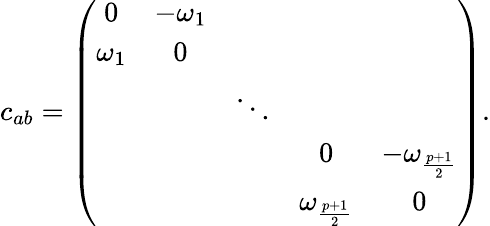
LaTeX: c_{ab}=\left(\begin{array}{ccccc}{{0}}&{{-\omega_{1}}}&{{}}&{{}}&{{}}\\ {{\omega_{1}}}&{{0}}&{{}}&{{}}&{{}}\\ {{}}&{{}}&{{\ddots}}&{{}}&{{}}\\ {{}}&{{}}&{{}}&{{0}}&{{-\omega_{\frac{p+1}{2}}}}\\ {{}}&{{}}&{{}}&{{\omega_{\frac{p+1}{2}}}}&{{0}}\end{array}\right).